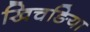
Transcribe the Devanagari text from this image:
खिचङिया